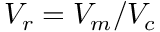
V _ { r } = V _ { m } / V _ { c }